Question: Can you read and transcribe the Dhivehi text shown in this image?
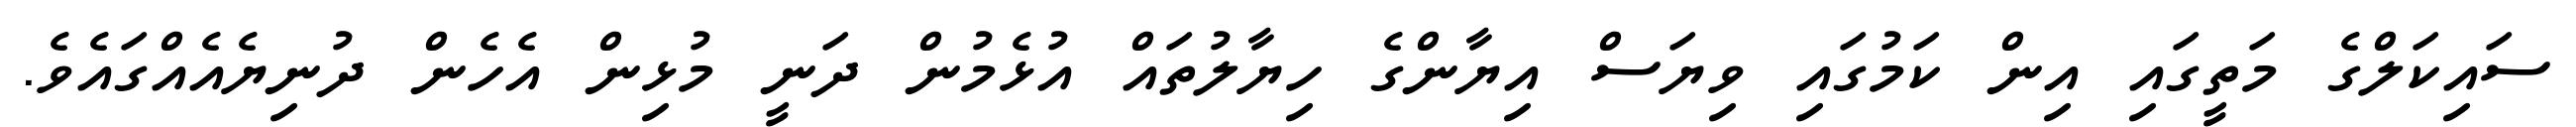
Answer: ސައިކަލްގެ މަތީގައި އިން ކަމުގައި ވިޔަސް އިޔާންގެ ހިޔާލުތައް އުޅެމުން ދަނީ މުޅިން އެހެން ދުނިޔެއެއްގައެވެ.